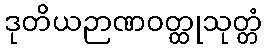
ဒုတိယဉာဏဝတ္ထုသုတ္တံ